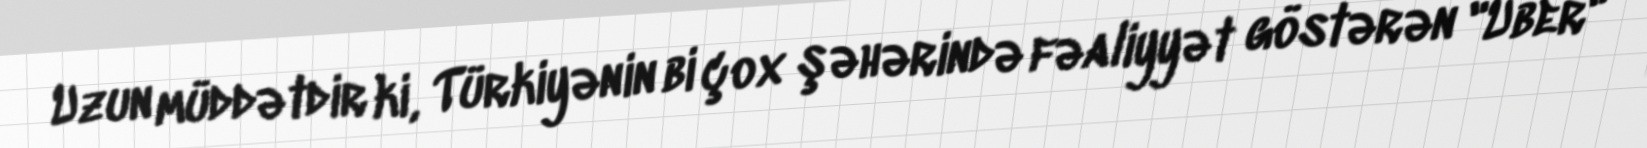
Uzun müddətdir ki, Türkiyənin bi çox şəhərində fəaliyyət göstərən "Uber"